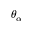
\theta _ { \alpha }